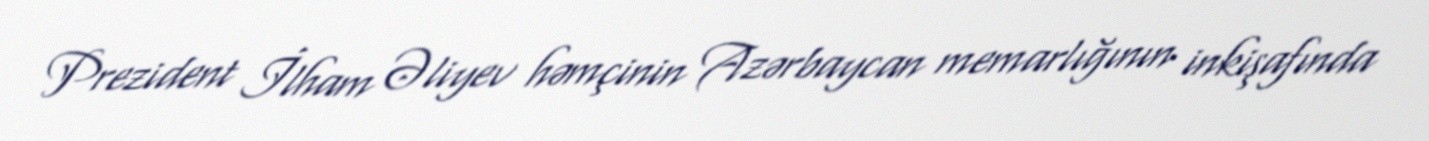
Prezident İlham Əliyev həmçinin Azərbaycan memarlığının inkişafında